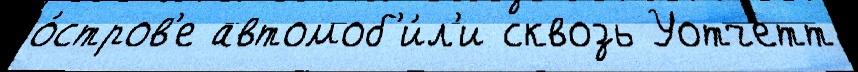
о́стров'е автомоб'и́л'и сквозь Уотчетт